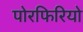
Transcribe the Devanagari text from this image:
पोरफिरियो